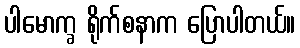
ပါမောက္ခ ရိုက်စနာက ပြောပါတယ်။